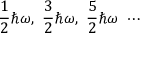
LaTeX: { \frac { 1 } { 2 } } \hbar \omega , \ { \frac { 3 } { 2 } } \hbar \omega , \ { \frac { 5 } { 2 } } \hbar \omega \ \cdots